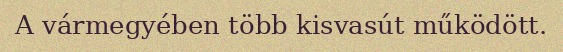
A vármegyében több kisvasút működött.